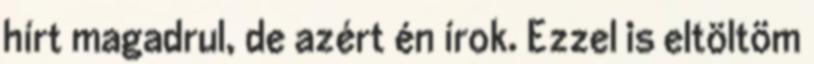
hírt magadrul, de azért én írok. Ezzel is eltöltöm